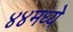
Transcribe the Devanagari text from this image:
४४मध्ये